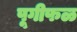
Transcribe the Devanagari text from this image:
पूगीफळ